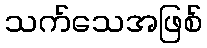
သက်သေအဖြစ်